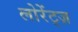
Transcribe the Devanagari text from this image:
लोरेंट्ज़